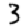
Digit: 3